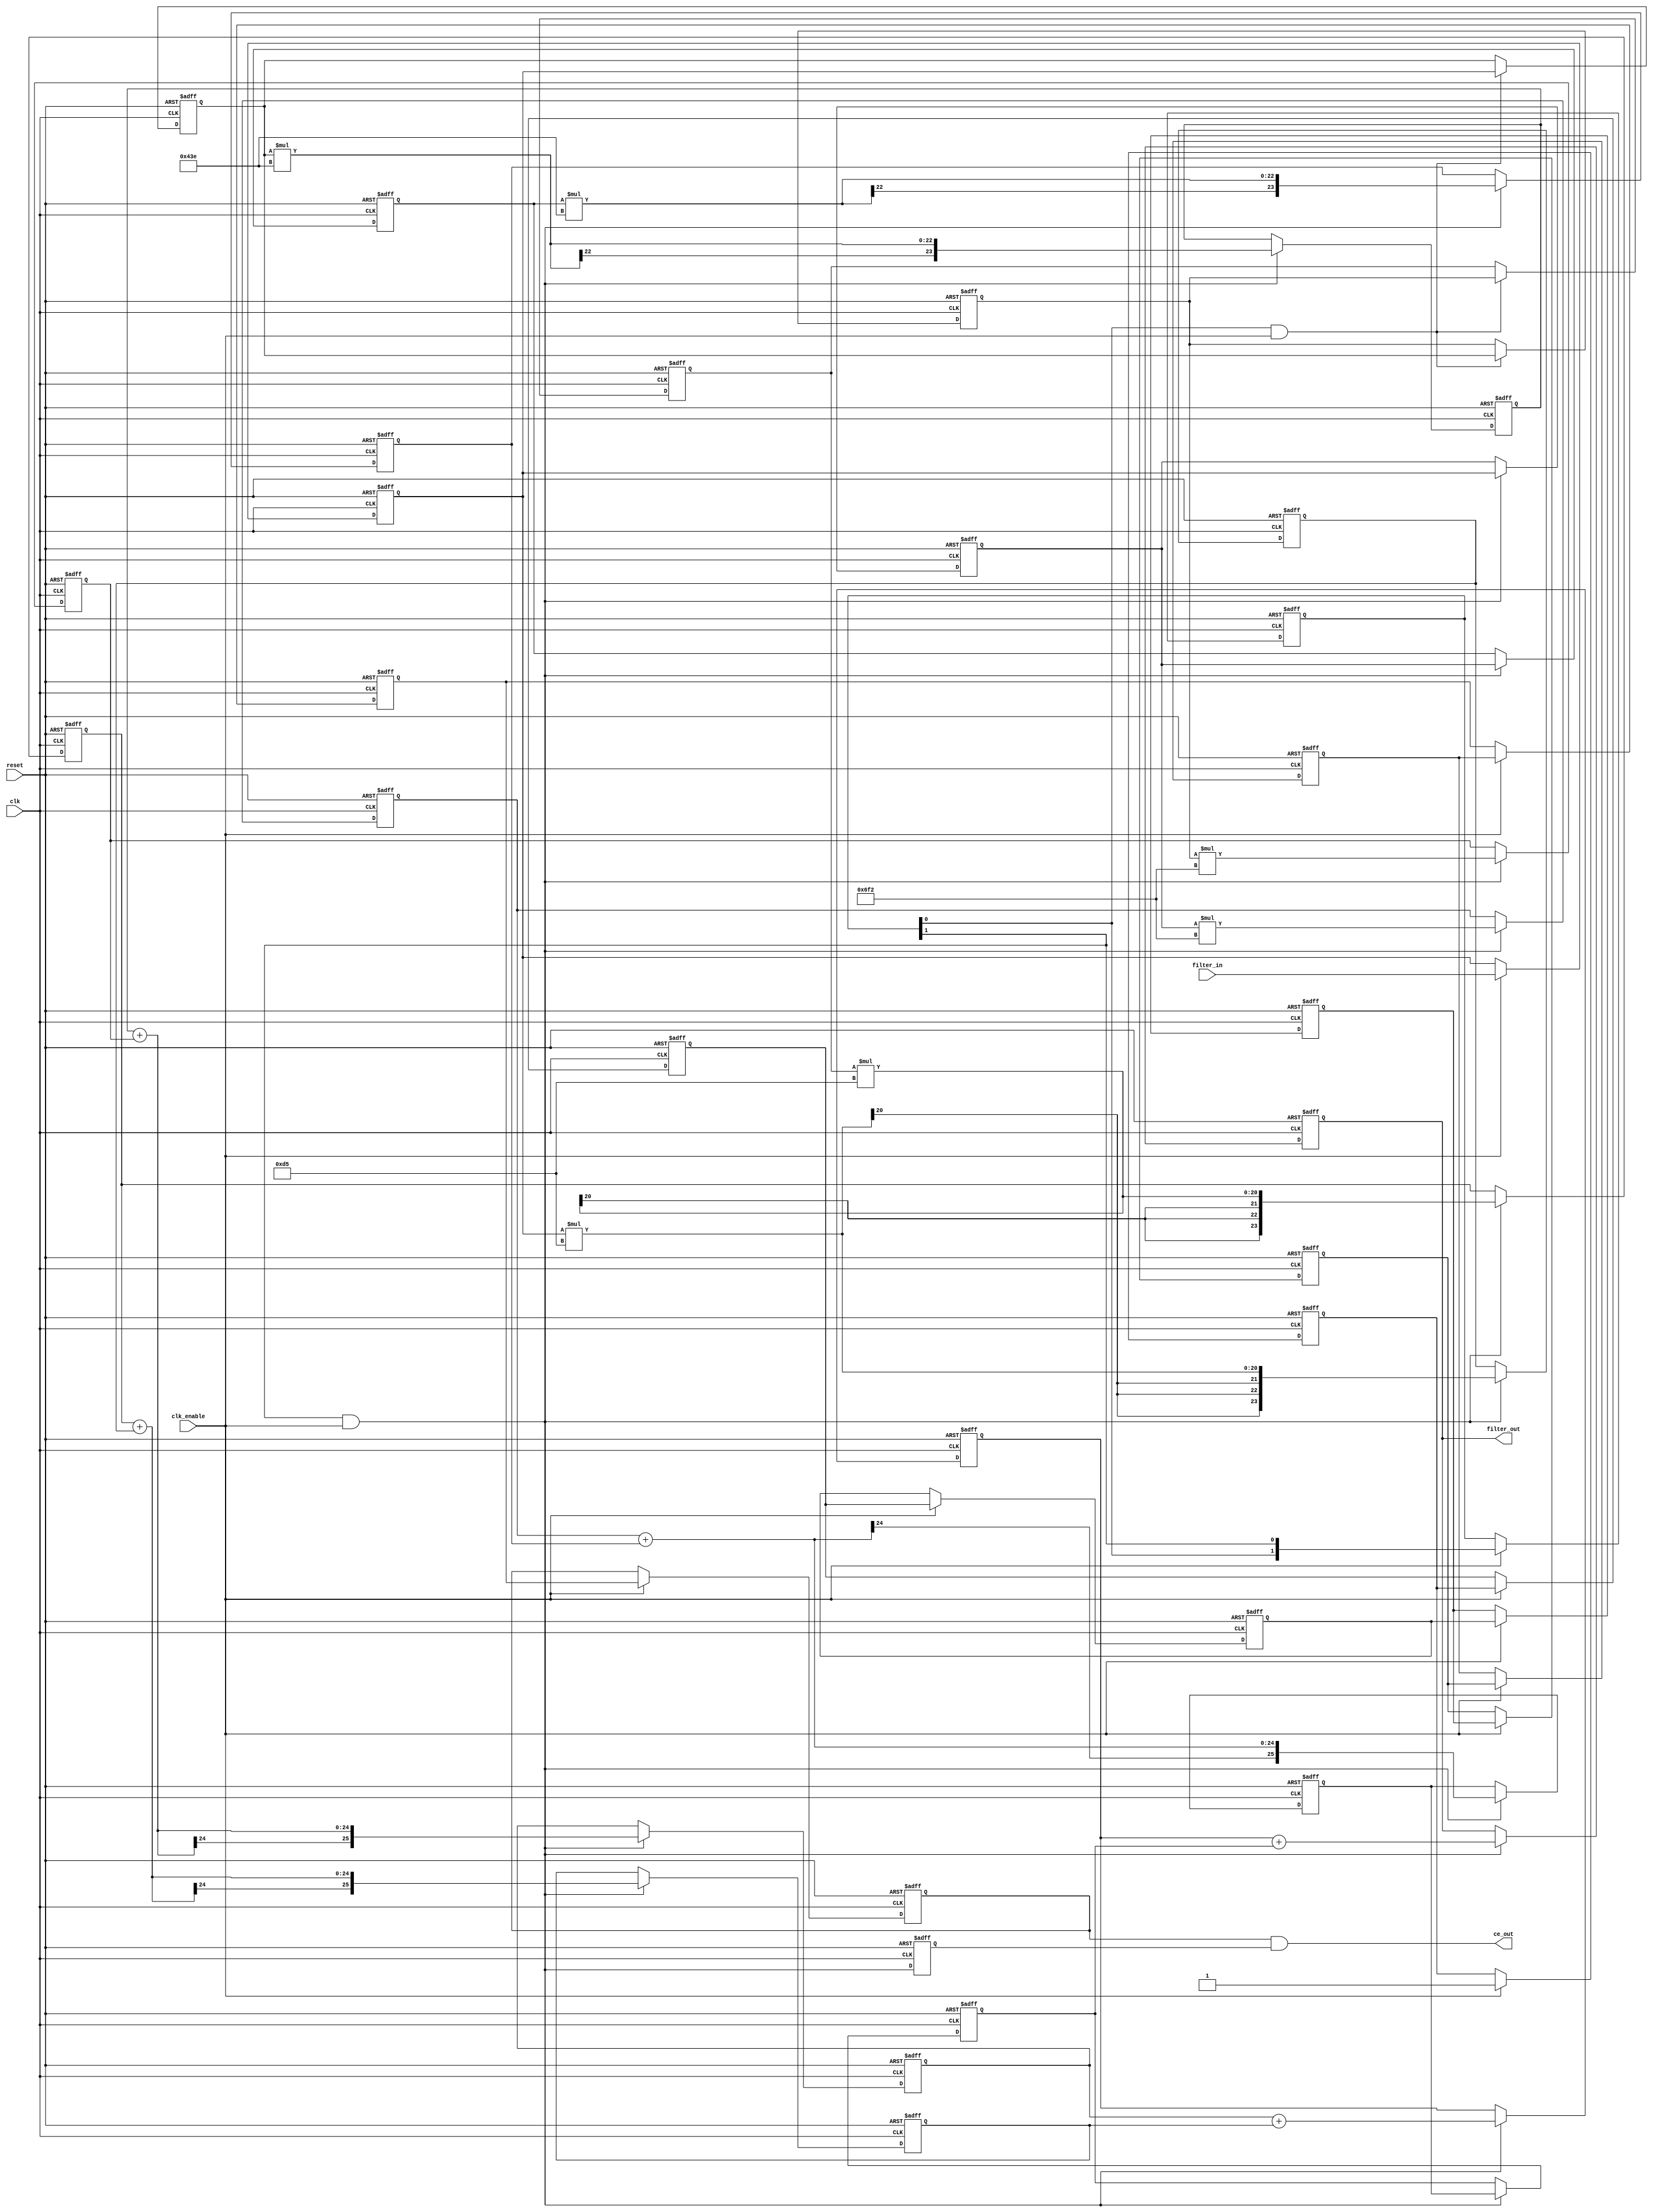
// -------------------------------------------------------------
//
// Module: fir_decim
// Generated by MATLAB(R) 9.0 and the Filter Design HDL Coder 3.0.
// Generated on: 2016-07-05 15:45:22
// -------------------------------------------------------------

// -------------------------------------------------------------
// HDL Code Generation Options:
//
// FIRAdderStyle: tree
// OptimizeForHDL: on
// EDAScriptGeneration: off
// AddPipelineRegisters: on
// Name: fir_decim
// TargetLanguage: Verilog
// TestBenchName: fo_copy_tb
// TestBenchStimulus: step ramp chirp noise 
// GenerateHDLTestBench: off

// -------------------------------------------------------------
// HDL Implementation    : Fully parallel
// Multipliers           : 6
// Folding Factor        : 1
// -------------------------------------------------------------
// Filter Settings:
//
// Discrete-Time FIR Multirate Filter (real)
// -----------------------------------------
// Filter Structure   : Direct-Form FIR Polyphase Decimator
// Decimation Factor  : 2
// Polyphase Length   : 3
// Filter Length      : 6
// Stable             : Yes
// Linear Phase       : Yes (Type 2)
//
// Arithmetic         : fixed
// Numerator          : s12,11 -> [-1 1)
// -------------------------------------------------------------

`timescale 1 ns / 1 ns

module fir_decim
               (
                clk,
                clk_enable,
                reset,
                filter_in,
                filter_out,
                ce_out
                );

  input   clk; 
  input   clk_enable; 
  input   reset; 
  input   signed [11:0] filter_in; //sfix12_En11
  output  signed [25:0] filter_out; //sfix26_En22
  output  ce_out; 

////////////////////////////////////////////////////////////////
//Module Architecture: fir_decim
////////////////////////////////////////////////////////////////
  // Local Functions
  // Type Definitions
  // Constants
  parameter signed [11:0] coeffphase1_1 = 12'b000011010101; //sfix12_En11
  parameter signed [11:0] coeffphase1_2 = 12'b011011110010; //sfix12_En11
  parameter signed [11:0] coeffphase1_3 = 12'b110000111110; //sfix12_En11
  parameter signed [11:0] coeffphase2_1 = 12'b110000111110; //sfix12_En11
  parameter signed [11:0] coeffphase2_2 = 12'b011011110010; //sfix12_En11
  parameter signed [11:0] coeffphase2_3 = 12'b000011010101; //sfix12_En11

  // Signals
  reg  [1:0] ring_count; // ufix2
  wire phase_0; // boolean
  wire phase_1; // boolean
  reg  ce_out_reg; // boolean
  reg  signed [11:0] input_register; // sfix12_En11
  reg  signed [11:0] input_pipeline_phase0 [0:1] ; // sfix12_En11
  reg  signed [11:0] input_pipeline_phase1 [0:2] ; // sfix12_En11
  wire signed [23:0] product_phase0_1; // sfix24_En22
  wire signed [23:0] product_phase0_2; // sfix24_En22
  wire signed [23:0] product_phase0_3; // sfix24_En22
  wire signed [23:0] product_phase1_1; // sfix24_En22
  wire signed [23:0] product_phase1_2; // sfix24_En22
  wire signed [23:0] product_phase1_3; // sfix24_En22
  reg  signed [23:0] product_pipeline_phase0_1; // sfix24_En22
  reg  signed [23:0] product_pipeline_phase0_2; // sfix24_En22
  reg  signed [23:0] product_pipeline_phase0_3; // sfix24_En22
  reg  signed [23:0] product_pipeline_phase1_1; // sfix24_En22
  reg  signed [23:0] product_pipeline_phase1_2; // sfix24_En22
  reg  signed [23:0] product_pipeline_phase1_3; // sfix24_En22
  wire signed [25:0] sumvector1 [0:2] ; // sfix26_En22
  wire signed [23:0] add_signext; // sfix24_En22
  wire signed [23:0] add_signext_1; // sfix24_En22
  wire signed [24:0] add_temp; // sfix25_En22
  wire signed [23:0] add_signext_2; // sfix24_En22
  wire signed [23:0] add_signext_3; // sfix24_En22
  wire signed [24:0] add_temp_1; // sfix25_En22
  wire signed [23:0] add_signext_4; // sfix24_En22
  wire signed [23:0] add_signext_5; // sfix24_En22
  wire signed [24:0] add_temp_2; // sfix25_En22
  reg  signed [25:0] sumdelay_pipeline1 [0:2] ; // sfix26_En22
  wire signed [25:0] sumvector2 [0:1] ; // sfix26_En22
  wire signed [25:0] add_signext_6; // sfix26_En22
  wire signed [25:0] add_signext_7; // sfix26_En22
  wire signed [26:0] add_temp_3; // sfix27_En22
  reg  signed [25:0] sumdelay_pipeline2 [0:1] ; // sfix26_En22
  wire signed [25:0] sum3; // sfix26_En22
  wire signed [25:0] add_signext_8; // sfix26_En22
  wire signed [25:0] add_signext_9; // sfix26_En22
  wire signed [26:0] add_temp_4; // sfix27_En22
  reg  ce_delayline1; // boolean
  reg  ce_delayline2; // boolean
  reg  ce_delayline3; // boolean
  reg  ce_delayline4; // boolean
  reg  ce_delayline5; // boolean
  reg  ce_delayline6; // boolean
  reg  ce_delayline7; // boolean
  reg  ce_delayline8; // boolean
  wire ce_gated; // boolean
  reg  signed [25:0] output_register; // sfix26_En22

  // Block Statements
  always @ (posedge clk or posedge reset)
    begin: ce_output
      if (reset == 1'b1) begin
        ring_count <= 1;
      end
      else begin
                if (clk_enable == 1'b1) begin
        ring_count <= {ring_count[0], ring_count[1]};
              end
            end
    end // ce_output

  assign  phase_0 = ring_count[0]  && clk_enable;

  assign  phase_1 = ring_count[1]  && clk_enable;

  //   ------------------ CE Output Register ------------------

  always @ (posedge clk or posedge reset)
    begin: ce_output_register
      if (reset == 1'b1) begin
        ce_out_reg <= 1'b0;
      end
      else begin
          ce_out_reg <= phase_1;
      end
    end // ce_output_register

  always @ (posedge clk or posedge reset)
    begin: input_reg_process
      if (reset == 1'b1) begin
        input_register <= 0;
      end
      else begin
        if (clk_enable == 1'b1) begin
          input_register <= filter_in;
        end
      end
    end // input_reg_process

  always @( posedge clk or posedge reset)
    begin: Delay_Pipeline_Phase0_process
      if (reset == 1'b1) begin
        input_pipeline_phase0[0] <= 0;
        input_pipeline_phase0[1] <= 0;
      end
      else begin
        if (phase_1 == 1'b1) begin
          input_pipeline_phase0[0] <= input_register;
          input_pipeline_phase0[1] <= input_pipeline_phase0[0];
        end
      end
    end // Delay_Pipeline_Phase0_process


  always @( posedge clk or posedge reset)
    begin: Delay_Pipeline_Phase1_process
      if (reset == 1'b1) begin
        input_pipeline_phase1[0] <= 0;
        input_pipeline_phase1[1] <= 0;
        input_pipeline_phase1[2] <= 0;
      end
      else begin
        if (phase_0 == 1'b1) begin
          input_pipeline_phase1[0] <= input_register;
          input_pipeline_phase1[1] <= input_pipeline_phase1[0];
          input_pipeline_phase1[2] <= input_pipeline_phase1[1];
        end
      end
    end // Delay_Pipeline_Phase1_process


  assign product_phase0_1 = input_register * coeffphase1_1;

  assign product_phase0_2 = input_pipeline_phase0[0] * coeffphase1_2;

  assign product_phase0_3 = input_pipeline_phase0[1] * coeffphase1_3;

  assign product_phase1_1 = input_pipeline_phase1[0] * coeffphase2_1;

  assign product_phase1_2 = input_pipeline_phase1[1] * coeffphase2_2;

  assign product_phase1_3 = input_pipeline_phase1[2] * coeffphase2_3;

  always @ (posedge clk or posedge reset)
    begin: product_pipeline_process1
      if (reset == 1'b1) begin
        product_pipeline_phase0_1 <= 0;
        product_pipeline_phase1_1 <= 0;
        product_pipeline_phase0_2 <= 0;
        product_pipeline_phase1_2 <= 0;
        product_pipeline_phase0_3 <= 0;
        product_pipeline_phase1_3 <= 0;
      end
      else begin
        if (phase_1 == 1'b1) begin
          product_pipeline_phase0_1 <= product_phase0_1;
          product_pipeline_phase1_1 <= product_phase1_1;
          product_pipeline_phase0_2 <= product_phase0_2;
          product_pipeline_phase1_2 <= product_phase1_2;
          product_pipeline_phase0_3 <= product_phase0_3;
          product_pipeline_phase1_3 <= product_phase1_3;
        end
      end
    end // product_pipeline_process1

  assign add_signext = product_pipeline_phase1_1;
  assign add_signext_1 = product_pipeline_phase1_2;
  assign add_temp = add_signext + add_signext_1;
  assign sumvector1[0] = $signed({{1{add_temp[24]}}, add_temp});

  assign add_signext_2 = product_pipeline_phase1_3;
  assign add_signext_3 = product_pipeline_phase0_1;
  assign add_temp_1 = add_signext_2 + add_signext_3;
  assign sumvector1[1] = $signed({{1{add_temp_1[24]}}, add_temp_1});

  assign add_signext_4 = product_pipeline_phase0_2;
  assign add_signext_5 = product_pipeline_phase0_3;
  assign add_temp_2 = add_signext_4 + add_signext_5;
  assign sumvector1[2] = $signed({{1{add_temp_2[24]}}, add_temp_2});

  always @ (posedge clk or posedge reset)
    begin: sumdelay_pipeline_process1
      if (reset == 1'b1) begin
        sumdelay_pipeline1[0] <= 0;
        sumdelay_pipeline1[1] <= 0;
        sumdelay_pipeline1[2] <= 0;
      end
      else begin
        if (phase_1 == 1'b1) begin
          sumdelay_pipeline1[0] <= sumvector1[0];
          sumdelay_pipeline1[1] <= sumvector1[1];
          sumdelay_pipeline1[2] <= sumvector1[2];
        end
      end
    end // sumdelay_pipeline_process1

  assign add_signext_6 = sumdelay_pipeline1[0];
  assign add_signext_7 = sumdelay_pipeline1[1];
  assign add_temp_3 = add_signext_6 + add_signext_7;
  assign sumvector2[0] = add_temp_3[25:0];

  assign sumvector2[1] = sumdelay_pipeline1[2];

  always @ (posedge clk or posedge reset)
    begin: sumdelay_pipeline_process2
      if (reset == 1'b1) begin
        sumdelay_pipeline2[0] <= 0;
        sumdelay_pipeline2[1] <= 0;
      end
      else begin
        if (phase_1 == 1'b1) begin
          sumdelay_pipeline2[0] <= sumvector2[0];
          sumdelay_pipeline2[1] <= sumvector2[1];
        end
      end
    end // sumdelay_pipeline_process2

  assign add_signext_8 = sumdelay_pipeline2[0];
  assign add_signext_9 = sumdelay_pipeline2[1];
  assign add_temp_4 = add_signext_8 + add_signext_9;
  assign sum3 = add_temp_4[25:0];

  always @ (posedge clk or posedge reset)
    begin: ce_delay
      if (reset == 1'b1) begin
        ce_delayline1 <= 1'b0;
        ce_delayline2 <= 1'b0;
        ce_delayline3 <= 1'b0;
        ce_delayline4 <= 1'b0;
        ce_delayline5 <= 1'b0;
        ce_delayline6 <= 1'b0;
        ce_delayline7 <= 1'b0;
        ce_delayline8 <= 1'b0;
      end
      else begin
        if (clk_enable == 1'b1) begin
          ce_delayline1 <= clk_enable;
          ce_delayline2 <= ce_delayline1;
          ce_delayline3 <= ce_delayline2;
          ce_delayline4 <= ce_delayline3;
          ce_delayline5 <= ce_delayline4;
          ce_delayline6 <= ce_delayline5;
          ce_delayline7 <= ce_delayline6;
          ce_delayline8 <= ce_delayline7;
        end
      end
    end // ce_delay

  assign ce_gated =  ce_delayline8 & ce_out_reg;

  always @ (posedge clk or posedge reset)
    begin: output_register_process
      if (reset == 1'b1) begin
        output_register <= 0;
      end
      else begin
        if (phase_1 == 1'b1) begin
          output_register <= sum3;
        end
      end
    end // output_register_process

  // Assignment Statements
  assign ce_out = ce_gated;
  assign filter_out = output_register;
endmodule  // fir_decim